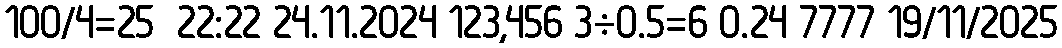
100/4=25  22:22 24.11.2024 123,456 3÷0.5=6 0.24 7777 19/11/2025